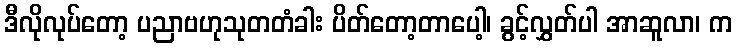
ဒီလိုလုပ်တော့ ပညာဗဟုသုတတံခါး ပိတ်တော့တာပေါ့၊ ခွင့်လွှတ်ပါ အာဆူလာ၊ က